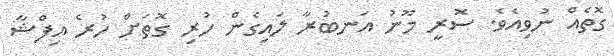
ގޮތެއް ނުވިއެވެ. ސޮރީ މޫނު އަނބުރާ ލައިގެން ހުރި ގޮތަށް ހުރެ އިފްޝާ